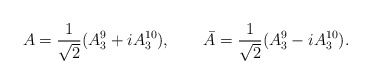
\begin{align*}A= {1\over \sqrt 2} (A_3^9 + iA_3^{10}), \qquad \bar A = {1\over \sqrt 2}(A_3^9 - i A_3^{10}) .\end{align*}